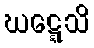
ဃဋ္ဋေသိ